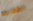
الكتابه